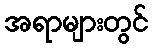
အရာများတွင်